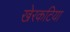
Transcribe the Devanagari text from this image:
खेरकटिया